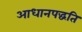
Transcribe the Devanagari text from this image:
आधानपद्धति